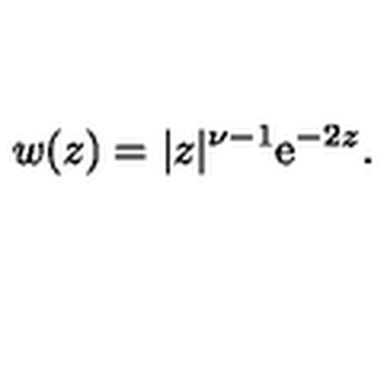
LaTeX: w ( z ) = | z | ^ { \nu - 1 } \mathrm { e } ^ { - 2 z } .